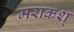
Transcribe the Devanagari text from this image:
मराकश्